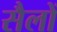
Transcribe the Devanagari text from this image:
सैलों